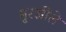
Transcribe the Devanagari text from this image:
मुरझींले